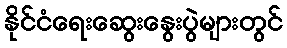
နိုင်ငံရေးဆွေးနွေးပွဲများတွင်